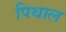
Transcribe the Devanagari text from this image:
पिथाल